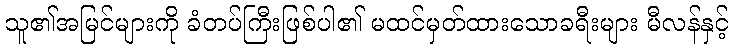
သူ၏အမြင်များကို ခံတပ်ကြီးဖြစ်ပါ၏ မထင်မှတ်ထားသောခရီးများ မီလန်နှင့်